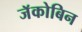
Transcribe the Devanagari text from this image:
जॅकोबिन